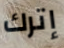
إترك